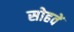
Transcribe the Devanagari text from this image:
सोहवें